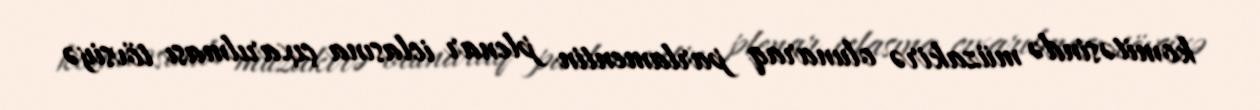
komitəsində müzakirə olunaraq parlamentin plenar iclasına çıxarılması tövsiyə